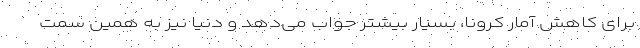
برای کاهش آمار کرونا، بسیار بیشتر جواب می‌دهد و دنیا نیز به همین سمت